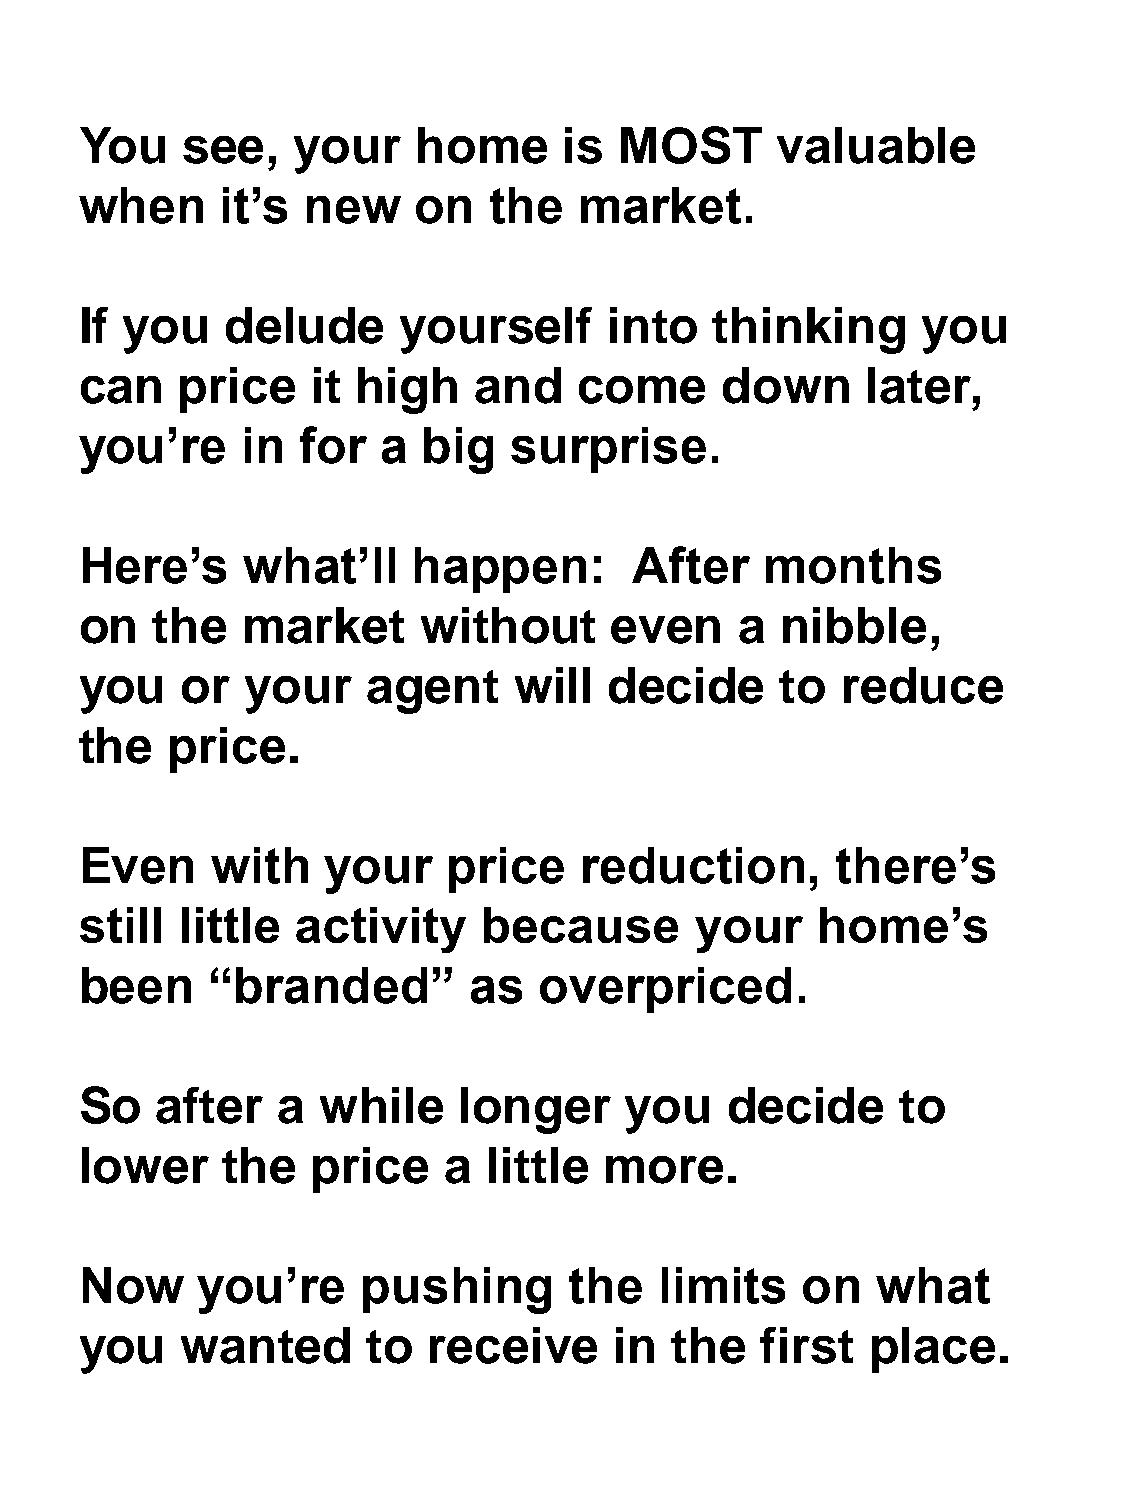
You    see,   your     home     is  MOST      valuable
 when      it’s new    on   the   market.
 If you    delude     yourself      into   thinking      you
 can    price    it high   and    come      down     later,
 you’re     in  for  a  big   surprise.
 Here’s     what’ll    happen:        After    months
 on   the   market      without     even     a  nibble,
 you    or  your    agent     will  decide      to  reduce
 the   price.
 Even     with    your    price   reduction,       there’s
 still  little  activity    because       your    home’s
 been     “branded”        as   overpriced.
 So   after   a  while    longer     you    decide      to
 lower     the   price   a  little  more.
 Now     you’re     pushing       the   limits   on   what
 you    wanted      to  receive      in  the  first   place.